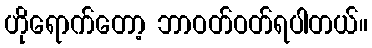
ဟိုရောက်တော့ ဘာဝတ်ဝတ်ရပါတယ်။